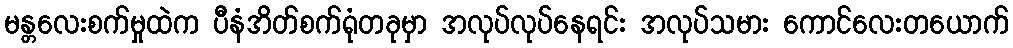
မန္တလေးစက်မှုထဲက ပီနံအိတ်စက်ရုံတခုမှာ အလုပ်လုပ်နေရင်း အလုပ်သမား ကောင်လေးတယောက်